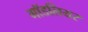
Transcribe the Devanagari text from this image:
गॉडलियर